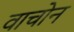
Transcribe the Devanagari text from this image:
वाचोन